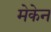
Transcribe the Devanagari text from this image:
मेकेन